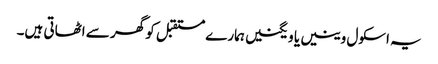
یہ اسکول وینیں یا ویگنیں ہمارے مستقبل کو گھر سے اٹھاتی ہیں۔